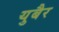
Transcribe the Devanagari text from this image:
युबैर